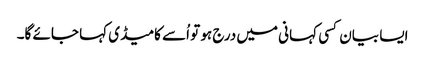
ایسا بیان کسی کہانی میں درج ہو تو اُسے کامیڈی کہا جائے گا۔